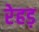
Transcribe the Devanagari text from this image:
रेहड़